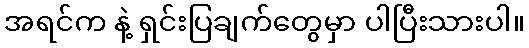
အရင်က နဲ့ ရှင်းပြချက်တွေမှာ ပါပြီးသားပါ။